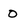
Character: O